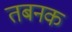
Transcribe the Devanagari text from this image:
तबनक